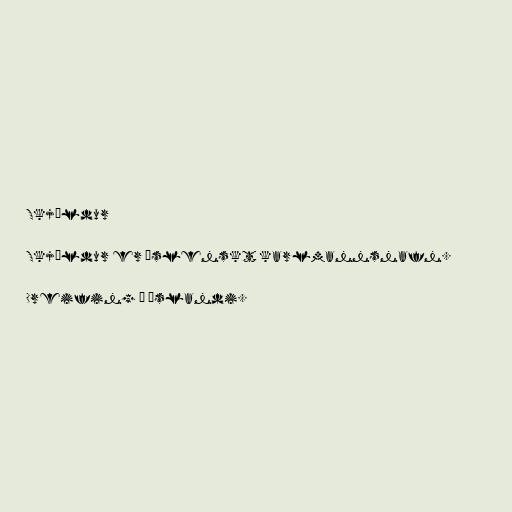
Skjöldur

Skjöldur er íslenskt karlmannsnafn.

Dreifing á Íslandi.